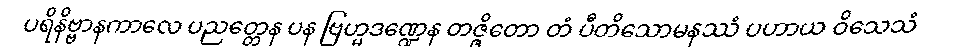
ပရိနိဗ္ဗာနကာလေ ပညတ္တေန ပန ဗြဟ္မဒဏ္ဍေန တဇ္ဇိတော တံ ပီတိသောမနဿံ ပဟာယ ဝိသေသံ